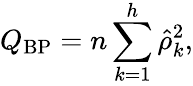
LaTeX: Q_{\mathrm{BP}}=n\sum_{k=1}^{h}{\hat{\rho}}_{k}^{2},